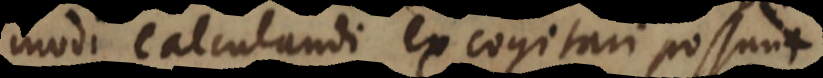
modi calculandi excogitari possunt